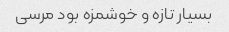
بسیار تازه و خوشمزه بود مرسی